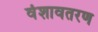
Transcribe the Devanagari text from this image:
वंशावतरण